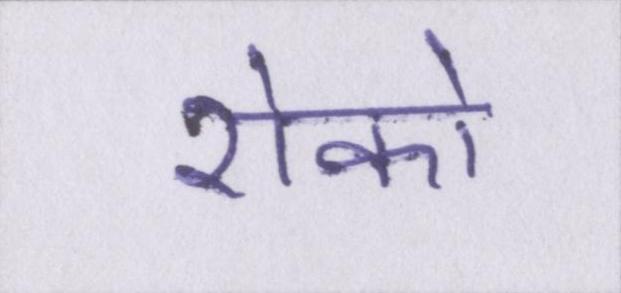
रोको